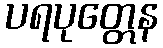
ပရပုတ္တေန